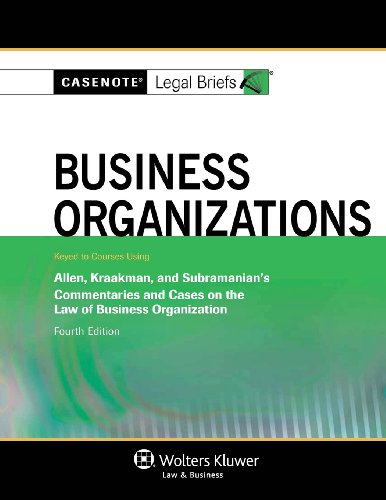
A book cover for Casenote Legal Briefs: Business Organizations, Keyed to Allen, Kraakman, & Subramanian, Fourth Edition; Casenote Legal Briefs; Law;